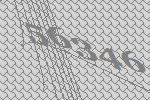
56346